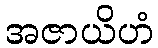
အဇာယိဟံ